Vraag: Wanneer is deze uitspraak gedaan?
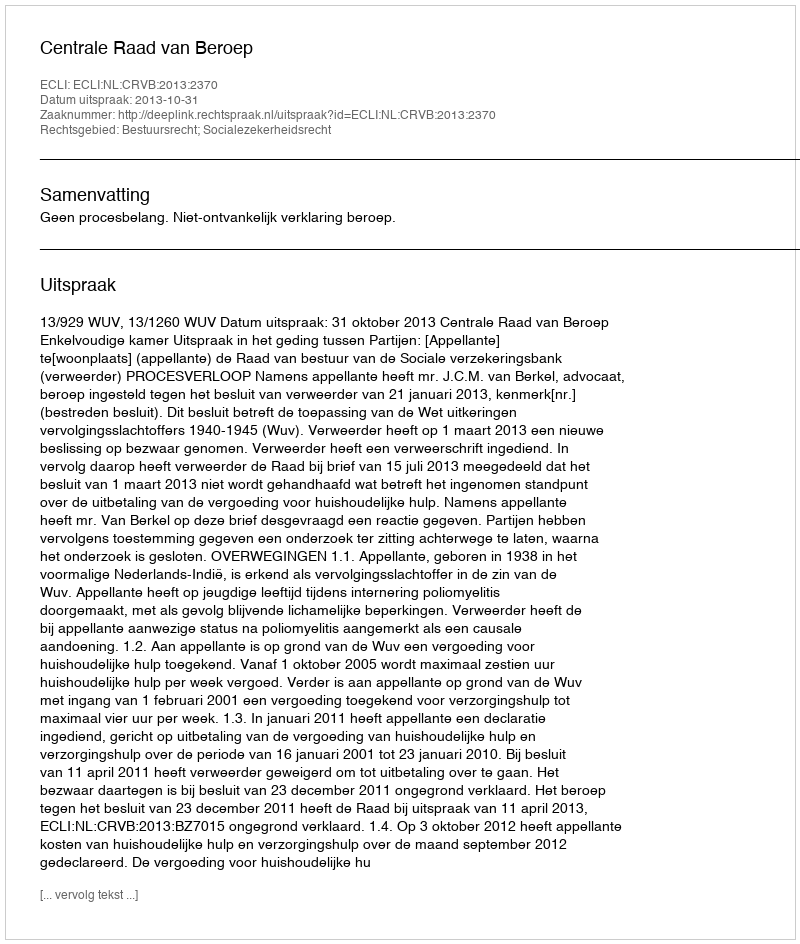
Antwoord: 2013-10-31